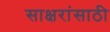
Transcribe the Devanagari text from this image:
साक्षरांसाठी